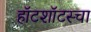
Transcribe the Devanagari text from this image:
हॉटशॉटस्चा